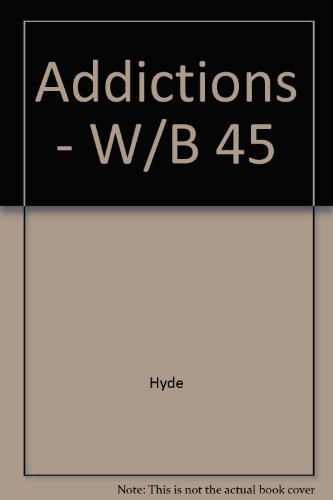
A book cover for Addictions: Gambling, Smoking, Cocaine Use, and Others; Margaret O. Hyde; Health, Fitness & Dieting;